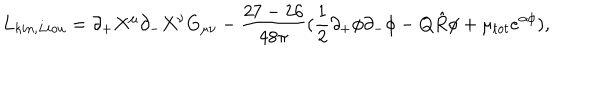
LaTeX: L _ { k i n , L i o u } = \partial _ { + } X ^ { \mu } \partial _ { - } X ^ { \nu } G _ { \mu \nu } - \frac { 2 7 - 2 6 } { 4 8 \pi } ( \frac { 1 } { 2 } \partial _ { + } \phi \partial _ { - } \phi - Q \hat { R } \phi + \mu _ { t o t } e ^ { \alpha \phi } ) ,